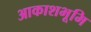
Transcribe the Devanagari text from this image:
आकाशभूमि